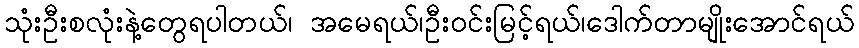
သုံးဦးစလုံးနဲ့တွေရပါတယ်၊ အမေရယ်၊ဦးဝင်းမြင့်ရယ်၊ဒေါက်တာမျိုးအောင်ရယ်